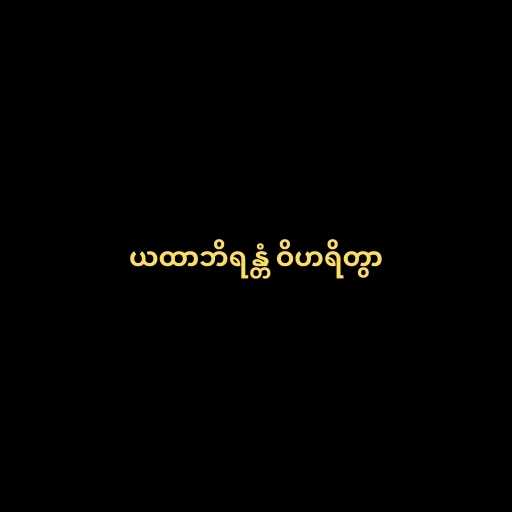
ယထာဘိရန္တံ ဝိဟရိတွာ